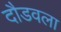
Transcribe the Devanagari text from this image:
दौडवला